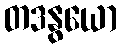
တဒနွယော